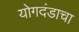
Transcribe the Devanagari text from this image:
योगदंडाचा